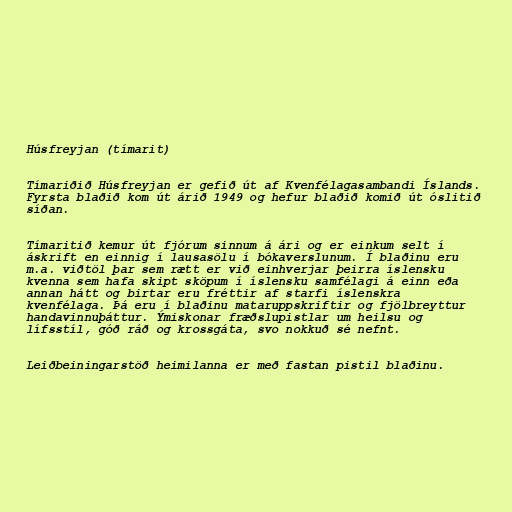
Húsfreyjan (tímarit)

Tímariðið Húsfreyjan er gefið út af Kvenfélagasambandi Íslands.
Fyrsta blaðið kom út árið 1949 og hefur blaðið komið út óslitið
síðan.

Tímaritið kemur út fjórum sinnum á ári og er einkum selt í
áskrift en einnig í lausasölu í bókaverslunum. Í blaðinu eru
m.a. viðtöl þar sem rætt er við einhverjar þeirra íslensku
kvenna sem hafa skipt sköpum í íslensku samfélagi á einn eða
annan hátt og birtar eru fréttir af starfi íslenskra
kvenfélaga. Þá eru í blaðinu mataruppskriftir og fjölbreyttur
handavinnuþáttur. Ýmiskonar fræðslupistlar um heilsu og
lífsstíl, góð ráð og krossgáta, svo nokkuð sé nefnt.

Leiðbeiningarstöð heimilanna er með fastan pistil blaðinu.